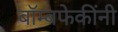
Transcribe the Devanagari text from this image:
बॉम्बफेकींनी